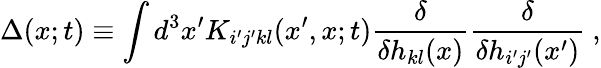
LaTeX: \Delta(x;t)\equiv\int d^{3}x^{\prime}K_{i^{\prime}j^{\prime}kl}(x^{\prime},x;t)\frac{\delta}{\delta h_{kl}(x)}\frac{\delta}{\delta h_{i^{\prime}j^{\prime}}(x^{\prime})}\ ,